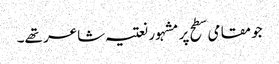
جو مقامی سطح پر مشہور نعتیہ شاعر تھے۔